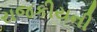
રાજકીયની